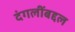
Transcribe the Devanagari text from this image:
दंगलींबद्दल